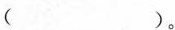
( )。